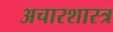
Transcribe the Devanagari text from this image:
अचारशास्त्र